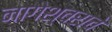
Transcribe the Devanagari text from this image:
नागेेश्वराचे